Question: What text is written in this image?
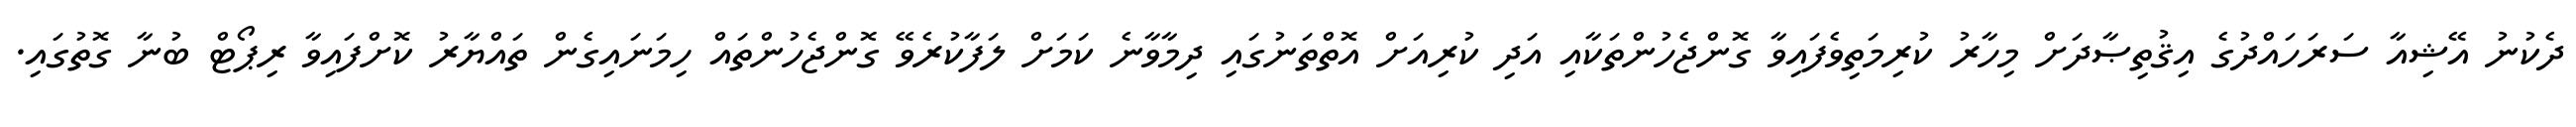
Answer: ދެކުނު އޭޝިއާ ސަރަހައްދުގެ އިޤުތިޞާދަށް މިހާރު ކުރިމަތިވެފައިވާ ގޮންޖެހުންތަކާއި އަދި ކުރިއަށް އޮތްތަނުގައި ދިމާވާނެ ކަމަށް ލަފާކުރެވޭ ގޮންޖެހުންތައް ހިމަނައިގެން ތައްޔާރު ކޮށްފައިވާ ރިޕޯޓް ބުނާ ގޮތުގައި.